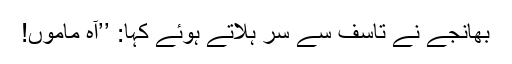
بھانجے نے تاسف سے سر ہلاتے ہوئے کہا: ’’آہ ماموں!